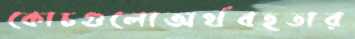
কোচগুলোঅর্থবহতার